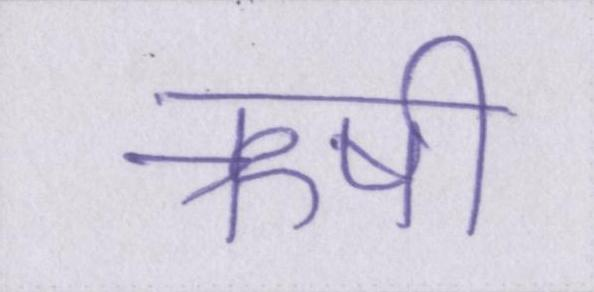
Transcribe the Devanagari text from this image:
ऋषी